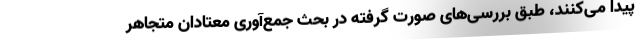
پیدا می‌کنند، طبق بررسی‌های صورت گرفته در بحث جمع‌آوری معتادان متجاهر